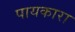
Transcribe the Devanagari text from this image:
पायकारा